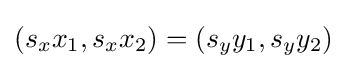
(s_{x}x_{1},s_{x}x_{2})=(s_{y}y_{1},s_{y}y_{2})